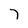
Character: 7